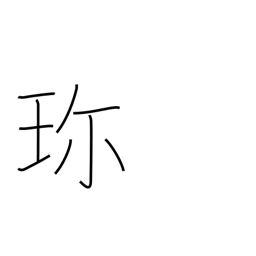
Meaning: valuable